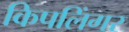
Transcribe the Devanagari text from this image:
किपलिंगर